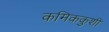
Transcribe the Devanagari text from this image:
कमिककुशी